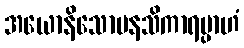
အယောနိသောမနသိကာရမ္ပာဟံ